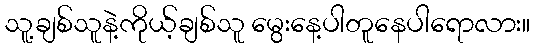
သူ့ချစ်သူနဲ့ကိုယ့်ချစ်သူ မွေးနေ့ပါတူနေပါရောလား။